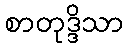
စာတုဒ္ဒိသာ